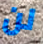
لن